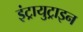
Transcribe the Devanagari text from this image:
इंट्रायुट्राइन